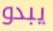
يبدو